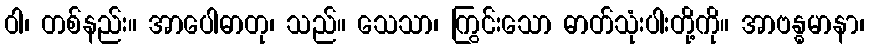
ဝါ၊ တစ်နည်း။ အာပေါဓာတု၊ သည်။ သေသာ၊ ကြွင်းသော ဓာတ်သုံးပါးတို့ကို။ အာဗန္ဓမာနာ၊